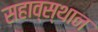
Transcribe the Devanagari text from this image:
सहाव्स्थान